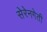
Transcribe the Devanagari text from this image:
सेरेनगेती